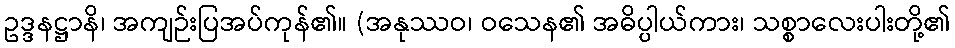
ဥဒ္ဒနဋ္ဌာနိ၊ အကျဉ်းပြအပ်ကုန်၏။ (အနုဿဝ၊ ဝသေန၏ အဓိပ္ပါယ်ကား၊ သစ္စာလေးပါးတို့၏